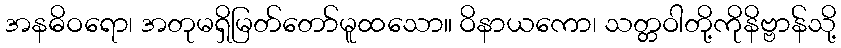
အနဓိဝရော၊ အတုမရှိမြတ်တော်မူထသော။ ဝိနာယကော၊ သတ္တဝါတို့ကိုနိဗ္ဗာန်သို့